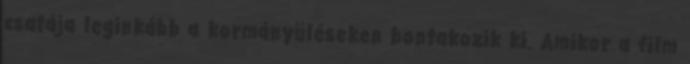
csatája leginkább a kormányüléseken bontakozik ki. Amikor a film